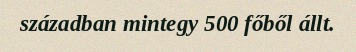
században mintegy 500 főből állt.